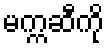
မက္ကဆီကို